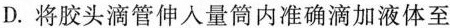
D.将胶头滴管伸入量筒内准确滴加液体至